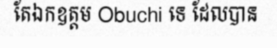
តែឯកឧត្តម Obuchi ទេ ដែលបាន